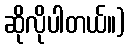
ဆိုလိုပါတယ်။)